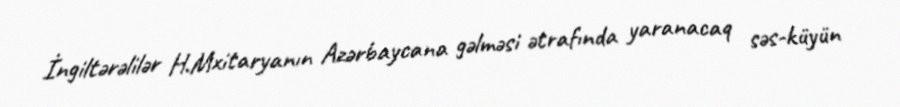
İngiltərəlilər H.Mxitaryanın Azərbaycana gəlməsi ətrafında yaranacaq səs-küyün